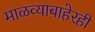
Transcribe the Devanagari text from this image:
माळव्याबाहेरही